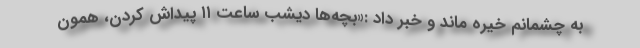
به چشمانم خیره ماند و خبر داد :«بچه‌ها دیشب ساعت ۱۱ پیداش کردن، همون